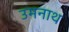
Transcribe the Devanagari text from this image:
उमनाथ